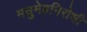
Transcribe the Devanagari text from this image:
मधुमेहनिरोधी